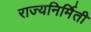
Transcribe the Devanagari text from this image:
राज्यनिर्मिती